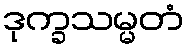
ဒုက္ခသမ္မတံ